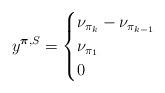
LaTeX: \begin{align*}y^{\boldsymbol{\pi}, S} = \begin{cases} \nu_{\pi_k} - \nu_{\pi_{k-1}} & \\ \nu_{\pi_1} & \\ 0 & \end{cases}\end{align*}